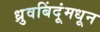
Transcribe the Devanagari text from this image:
ध्रुवबिंदूंमधून